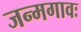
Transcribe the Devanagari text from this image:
जन्मगावः